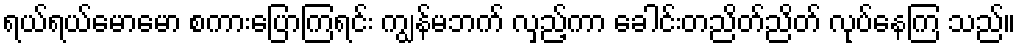
ရယ်ရယ်မောမော စကားပြောကြရင်း ကျွန်မဘက် လှည့်ကာ ခေါင်းတညိတ်ညိတ် လုပ်နေကြ သည်။